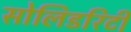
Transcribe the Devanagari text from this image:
सोलिडरिटी